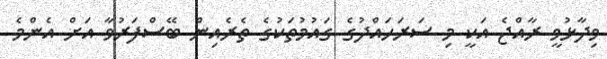
ވިދާޅުވީ ރާއްޖެ އަކީ މި ސަރަހައްދުގެ ގައުމުތަކުގެ ތެރެއިން ބޭސްފަރުވާ އަށް އެންމެ